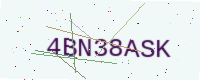
Text: 4BN38ASK